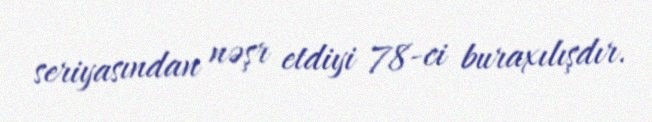
seriyasından nəşr etdiyi 78-ci buraxılışdır.